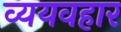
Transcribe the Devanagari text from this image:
व्ययवहार